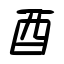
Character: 酉